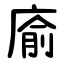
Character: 㢏